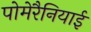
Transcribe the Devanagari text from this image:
पोमेरैनियाई